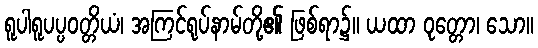
ရူပါရူပပ္ပဝတ္တိယံ၊ အကြင်ရုပ်နာမ်တို့၏ ဖြစ်ရာ၌။ ယထာ ဝုတ္တော၊ သော။